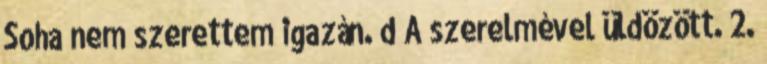
Soha nem szerettem igazán. d A szerelmével üldözött. 2.